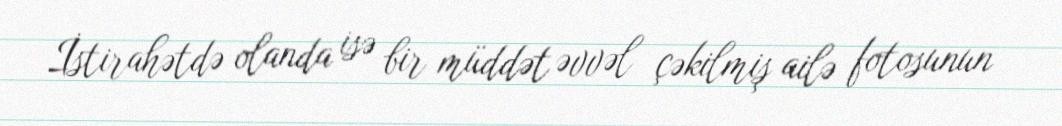
İstirahətdə olanda isə bir müddət əvvəl çəkilmiş ailə fotosunun